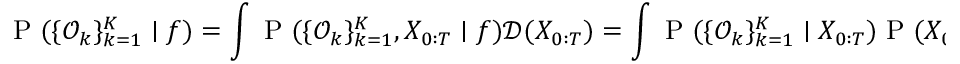
\small \mathrm { ~ P ~ } ( \{ \mathcal { O } _ { k } \} _ { k = 1 } ^ { K } \mid f ) = \int \mathrm { ~ P ~ } ( \{ \mathcal { O } _ { k } \} _ { k = 1 } ^ { K } , X _ { 0 : T } \mid f ) \mathcal { D } ( X _ { 0 : T } ) = \int \mathrm { ~ P ~ } ( \{ \mathcal { O } _ { k } \} _ { k = 1 } ^ { K } \mid X _ { 0 : T } ) \mathrm { ~ P ~ } ( X _ { 0 : T } | f ) \mathcal { D } ( X _ { 0 : T } ) ,